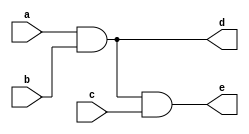
`timescale 1ns / 1ps


module three_input_and_gate_b(
    input a,
    input b,
    input c,
    output d,
    output e
    );
    assign d=a&b;
    assign e=d&c;
    
endmodule